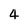
Character: 4